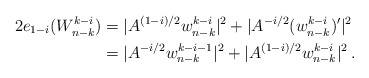
\begin{align*}2e_{1-i}(W^{k-i}_{n-k})&=|A^{(1-i)/2}w^{k-i}_{n-k}|^2 + |A^{-i/2}(w_{n-k}^{k-i})^{\prime}|^2\\ &=|A^{-i/2}w_{n-k}^{k-i-1}|^2 + |A^{(1-i)/2}w^{k-i}_{n-k}|^2\,.\end{align*}